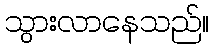
သွားလာနေသည်။